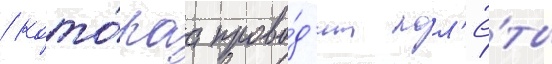
/ кото́раа прово́д'ит пол'ё́ты